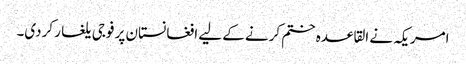
امریکہ نے القاعدہ ختم کرنے کے لیے افغانستان پر فوجی یلغار کردی۔